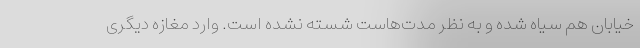
خیابان هم سیاه شده و به نظر مدت‌هاست شسته نشده است. وارد مغازه دیگری